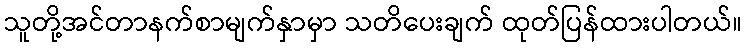
သူတို့အင်တာနက်စာမျက်နှာမှာ သတိပေးချက် ထုတ်ပြန်ထားပါတယ်။